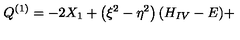
Q ^ { ( 1 ) } = - 2 X _ { 1 } + \left( \xi ^ { 2 } - \eta ^ { 2 } \right) ( H _ { I V } - E ) +